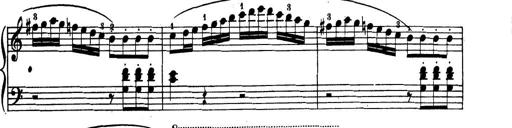
Title: 32 Sonatinas and Rondos for the Piano
Composer: Richard Kleinmichel